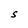
Character: S